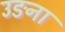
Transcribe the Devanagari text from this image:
उङना